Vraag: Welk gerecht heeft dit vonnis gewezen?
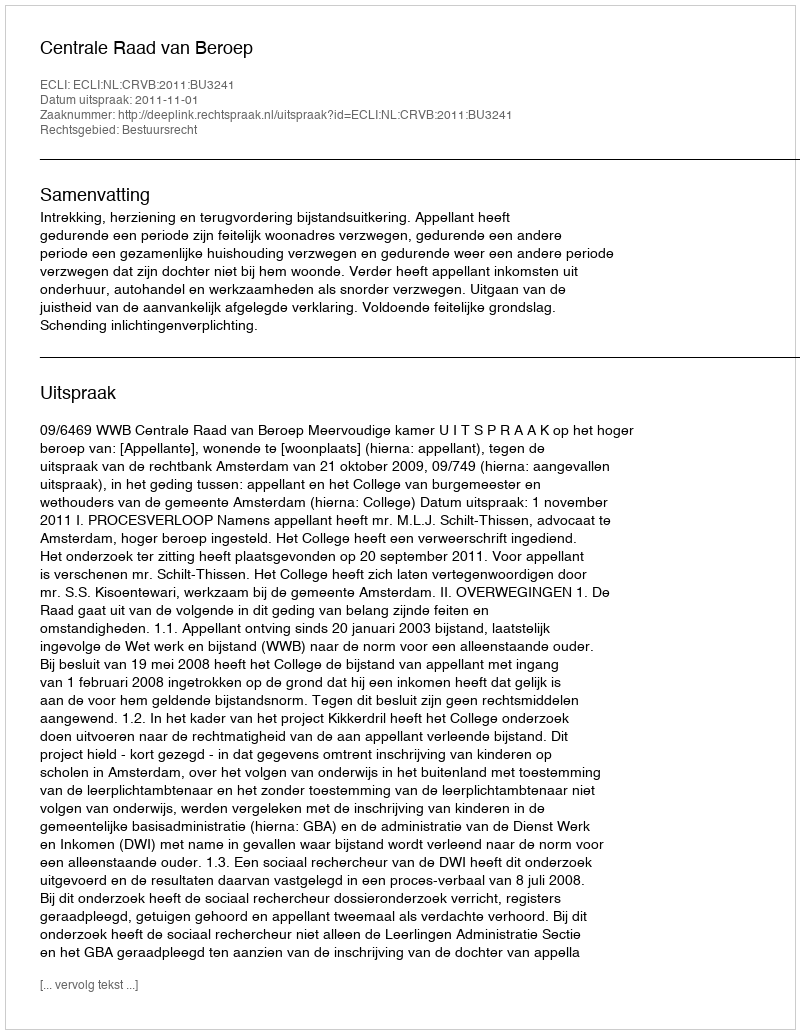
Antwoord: Centrale Raad van Beroep